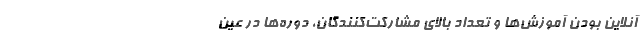
آنلاین بودن آموزش‌ها و تعداد بالای مشارکت‌کنندگان، دوره‌ها در عین